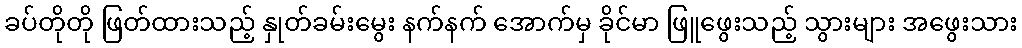
ခပ်တိုတို ဖြတ်ထားသည့် နှုတ်ခမ်းမွေး နက်နက် အောက်မှ ခိုင်မာ ဖြူဖွေးသည့် သွားများ အဖွေးသား